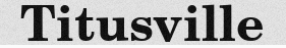
Titusville